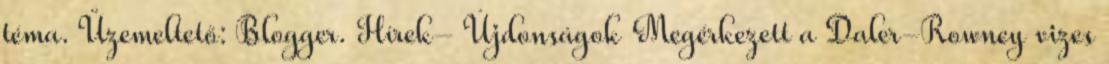
téma. Üzemeltető: Blogger. Hírek- Újdonságok Megérkezett a Daler-Rowney vizes